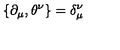
\{ \partial _ { \mu } , \theta ^ { \nu } \} = \delta _ { \mu } ^ { \nu }